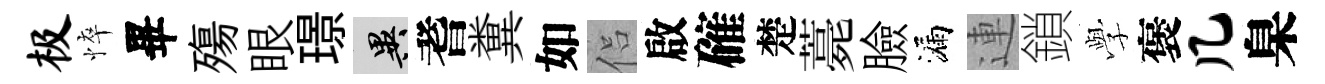
极悴畢殤眼璟异耆糞如侣啟確楚薧臉漏連鎖𫝯褒几臬